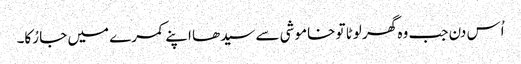
اُس دن جب وہ گھر لوٹا تو خاموشی سے سیدھا اپنے کمرے میں جا رُکا۔